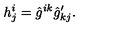
h _ { j } ^ { i } = \hat { g } ^ { i k } \hat { g } _ { k j } ^ { \prime } .